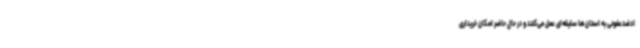
ادضدعفونی به استان‌ها سلیقه‌ای عمل می‌کنند و در حال حاضر امکان خریداری